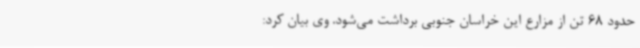
حدود 68 تن از مزارع این خراسان جنوبی برداشت می‌شود. وی بیان کرد: